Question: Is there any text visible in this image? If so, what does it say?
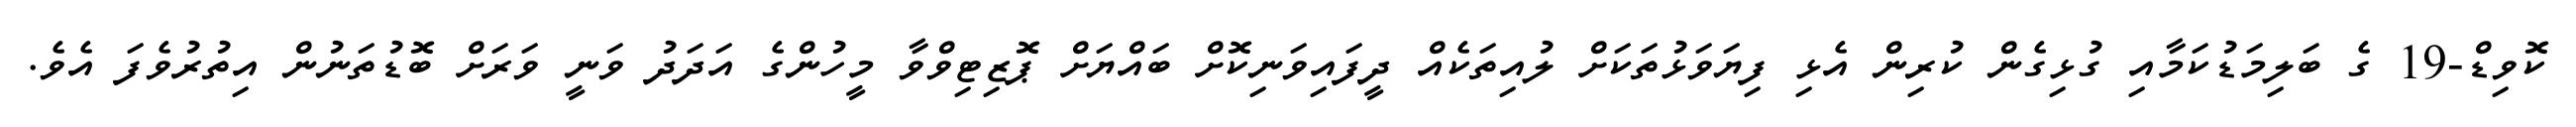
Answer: ކޮވިޑް-19 ގެ ބަލިމަޑުކަމާއި ގުޅިގެން ކުރިން އެޅި ފިޔަވަޅުތަކަށް ލުއިތަކެއް ދީފައިވަނިކޮށް ބައްޔަށް ޕޮޒިޓިވްވާ މީހުންގެ އަދަދު ވަނީ ވަރަށް ބޮޑުތަނުން އިތުރުވެފަ އެވެ.